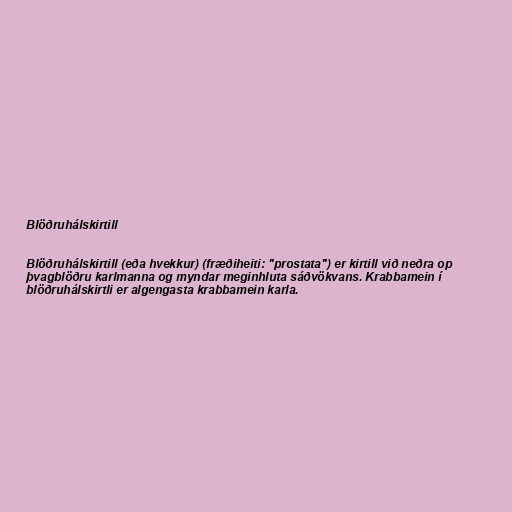
Blöðruhálskirtill

Blöðruhálskirtill (eða hvekkur) (fræðiheiti: "prostata") er kirtill við neðra op
þvagblöðru karlmanna og myndar meginhluta sáðvökvans. Krabbamein í
blöðruhálskirtli er algengasta krabbamein karla.